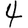
Digit: 4